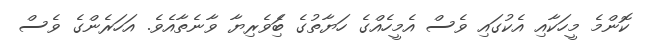
ކޮންމެ މީހަކާއި އެކުގައި ވެސް އެމީހެއްގެ ހަޔާތުގެ ބަެިވެރިޔާ ވާނެތާއެވެ. އަހަރެންގެ ވެސް